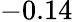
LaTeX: -0.14